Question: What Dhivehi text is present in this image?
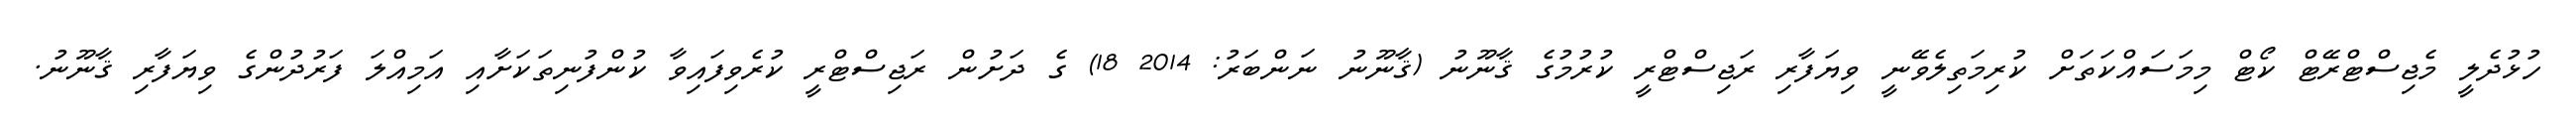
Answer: ހުޅުދެލީ މެޖިސްޓްރޭޓް ކޯޓް މިމަސައްކަތަށް ކުރިމަތިލެވޭނީ ވިޔަފާރި ރަޖިސްޓްރީ ކުރުމުގެ ޤާނޫނު (ޤާނޫނު ނަންބަރު: 2014 18) ގެ ދަށުން ރަޖިސްޓްރީ ކުރެވިފައިވާ ކުންފުނިތަކަށާއި އަމިއްލަ ފަރުދުންގެ ވިޔަފާރި ޤާނޫނު.